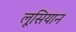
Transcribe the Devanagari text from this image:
लूसियान